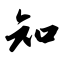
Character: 知